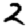
Digit: 2